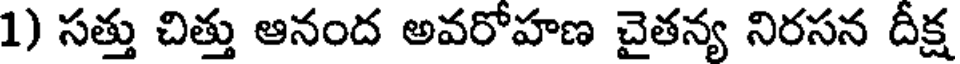
1) సత్తు చిత్తు ఆనంద అవరోహణ చైతన్య నిరసన దీక్ష